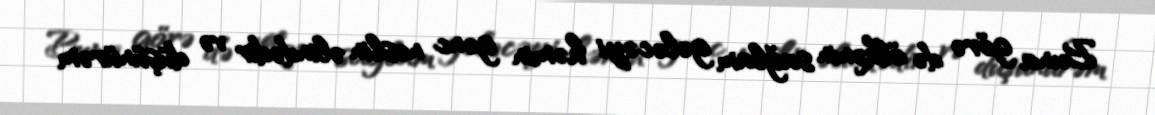
Buna görə də ölkənin sağlam gələcəyi həmin gənc nəslin əlindədir və düşünürəm